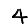
Digit: 4